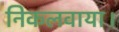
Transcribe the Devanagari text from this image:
निकलवाया।